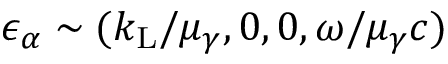
\epsilon _ { \alpha } \sim ( k _ { \mathrm { L } } / \mu _ { \gamma } , 0 , 0 , \omega / \mu _ { \gamma } c )